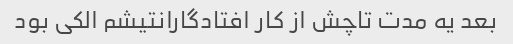
بعد یه مدت تاچش از کار افتادگارانتیشم الکی بود